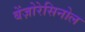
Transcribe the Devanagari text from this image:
बेंज़ोरेसिनोल